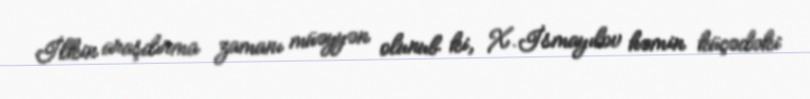
İlkin araşdırma zamanı müəyyən olunub ki, X.İsmayılov həmin küçədəki